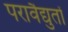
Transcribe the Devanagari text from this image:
परावैद्युतों